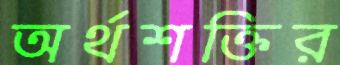
অর্থশক্তির